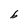
Character: b